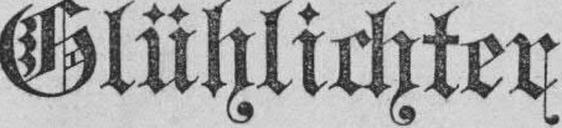
Glühlichter